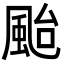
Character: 颱